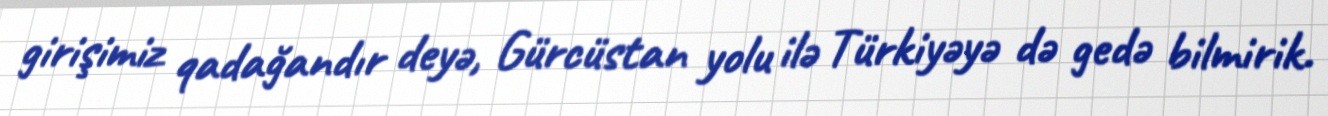
girişimiz qadağandır deyə, Gürcüstan yolu ilə Türkiyəyə də gedə bilmirik.